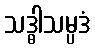
သဒ္ဓါသမ္ပဒံ